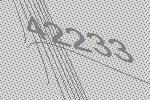
42233